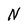
Character: N